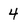
Character: 4